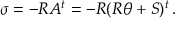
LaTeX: \sigma = - R A ^ { t } = - R ( R \theta + S ) ^ { t } \, .